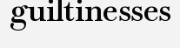
guiltinesses